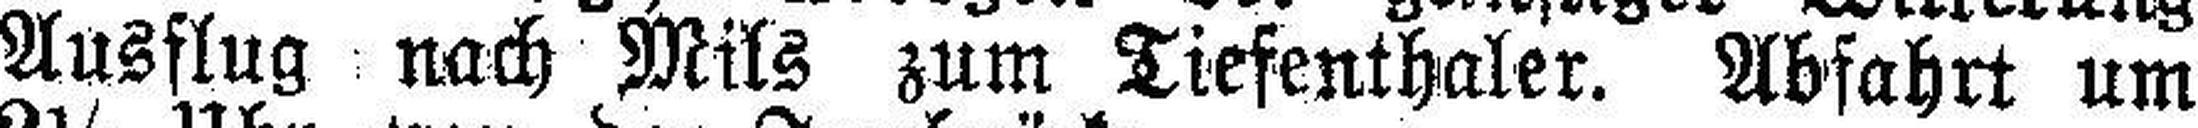
Ausflug nach Mils zum Tiefenthaler. Abfahrt um